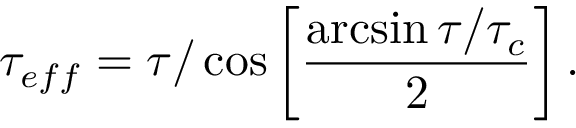
\tau _ { e f f } = \tau / \cos \left[ \frac { \arcsin \tau / \tau _ { c } } { 2 } \right] .